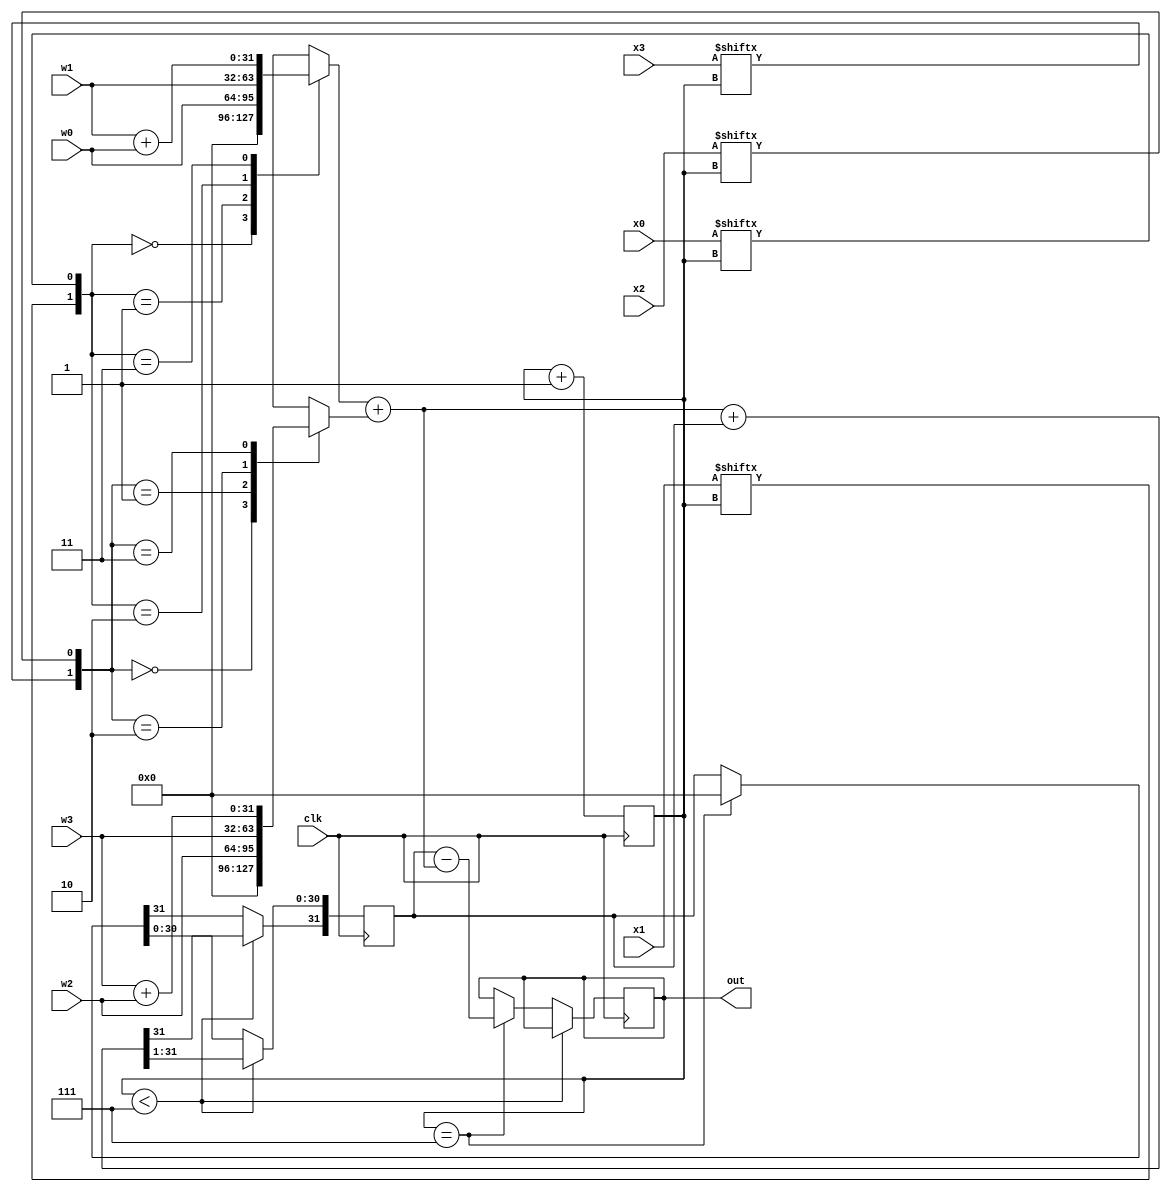
`timescale 1ns / 1ps
//////////////////////////////////////////////////////////////////////////////////
// Company: 
// Engineer: 
// 
// Design Name: 
// Module Name: da_divided
// Project Name: 
// Target Devices: 
// Tool Versions: 
// Description: 
// 
// Dependencies: 
// 
// Revision:
// Revision 0.01 - File Created
// Additional Comments:
// 
//////////////////////////////////////////////////////////////////////////////////


module divided_da(clk,x0,x1,x2,x3,w0,w1,w2,w3,out);
input clk;
input [7:0]x0,x1,x2,x3;
input [31:0]w0,w1,w2,w3;
output reg [31:0]out;
reg [31:0]l0,l1,acc,acc_shift,lout;
reg [2:0]i;
reg w;
initial
begin
i=0;acc=0;acc_shift=0;
end
always @(posedge clk)
begin
case({x1[i],x0[i]})  //DA1 LUT
2'b00:l0=0;
2'b01:l0=w0;
2'b10:l0=w1;
2'b11:l0=w1+w0;
endcase
case({x3[i],x2[i]})  //DA2 LUT
2'b00:l1=0;
2'b01:l1=w2;
2'b10:l1=w3;
2'b11:l1=w3+w2;
endcase
lout=l0+l1;
    if(i<7)
    begin
    acc=lout+acc_shift;  //DA1
    w=acc[31];
    acc_shift=acc>>1;
    acc_shift[31]=w;
    end
    else if(i==7)
    begin
    acc=acc_shift-lout;
    out=acc;
    acc=0;acc_shift=0;
    end
    i=i+1;
end
endmodule